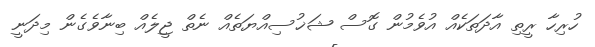
ހުރިހާ ރީތި އާދަތަކެއް އުވެމުން ގޮސް ޝަޚުސިއްޔަތެއް ނެތް ޖީލެއް ބިނާވެގެން މިދަނީ